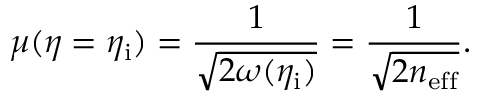
\mu ( \eta = \eta _ { \mathrm { i } } ) = \frac { 1 } { \sqrt { 2 \omega ( \eta _ { \mathrm { i } } ) } } = \frac { 1 } { \sqrt { 2 n _ { \mathrm { e f f } } } } .